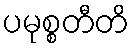
ပမုစ္စတီတိ